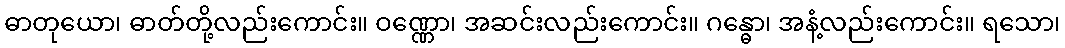
ဓာတုယော၊ ဓာတ်တို့လည်းကောင်း။ ဝဏ္ဏော၊ အဆင်းလည်းကောင်း။ ဂန္ဓော၊ အနံ့လည်းကောင်း။ ရသော၊